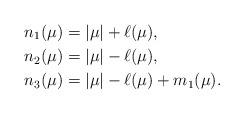
LaTeX: \begin{align*} n_1(\mu) &= |\mu|+\ell(\mu), \\ n_2(\mu) &= |\mu|-\ell(\mu), \\ n_3(\mu) &= |\mu|-\ell(\mu)+m_1(\mu).\end{align*}